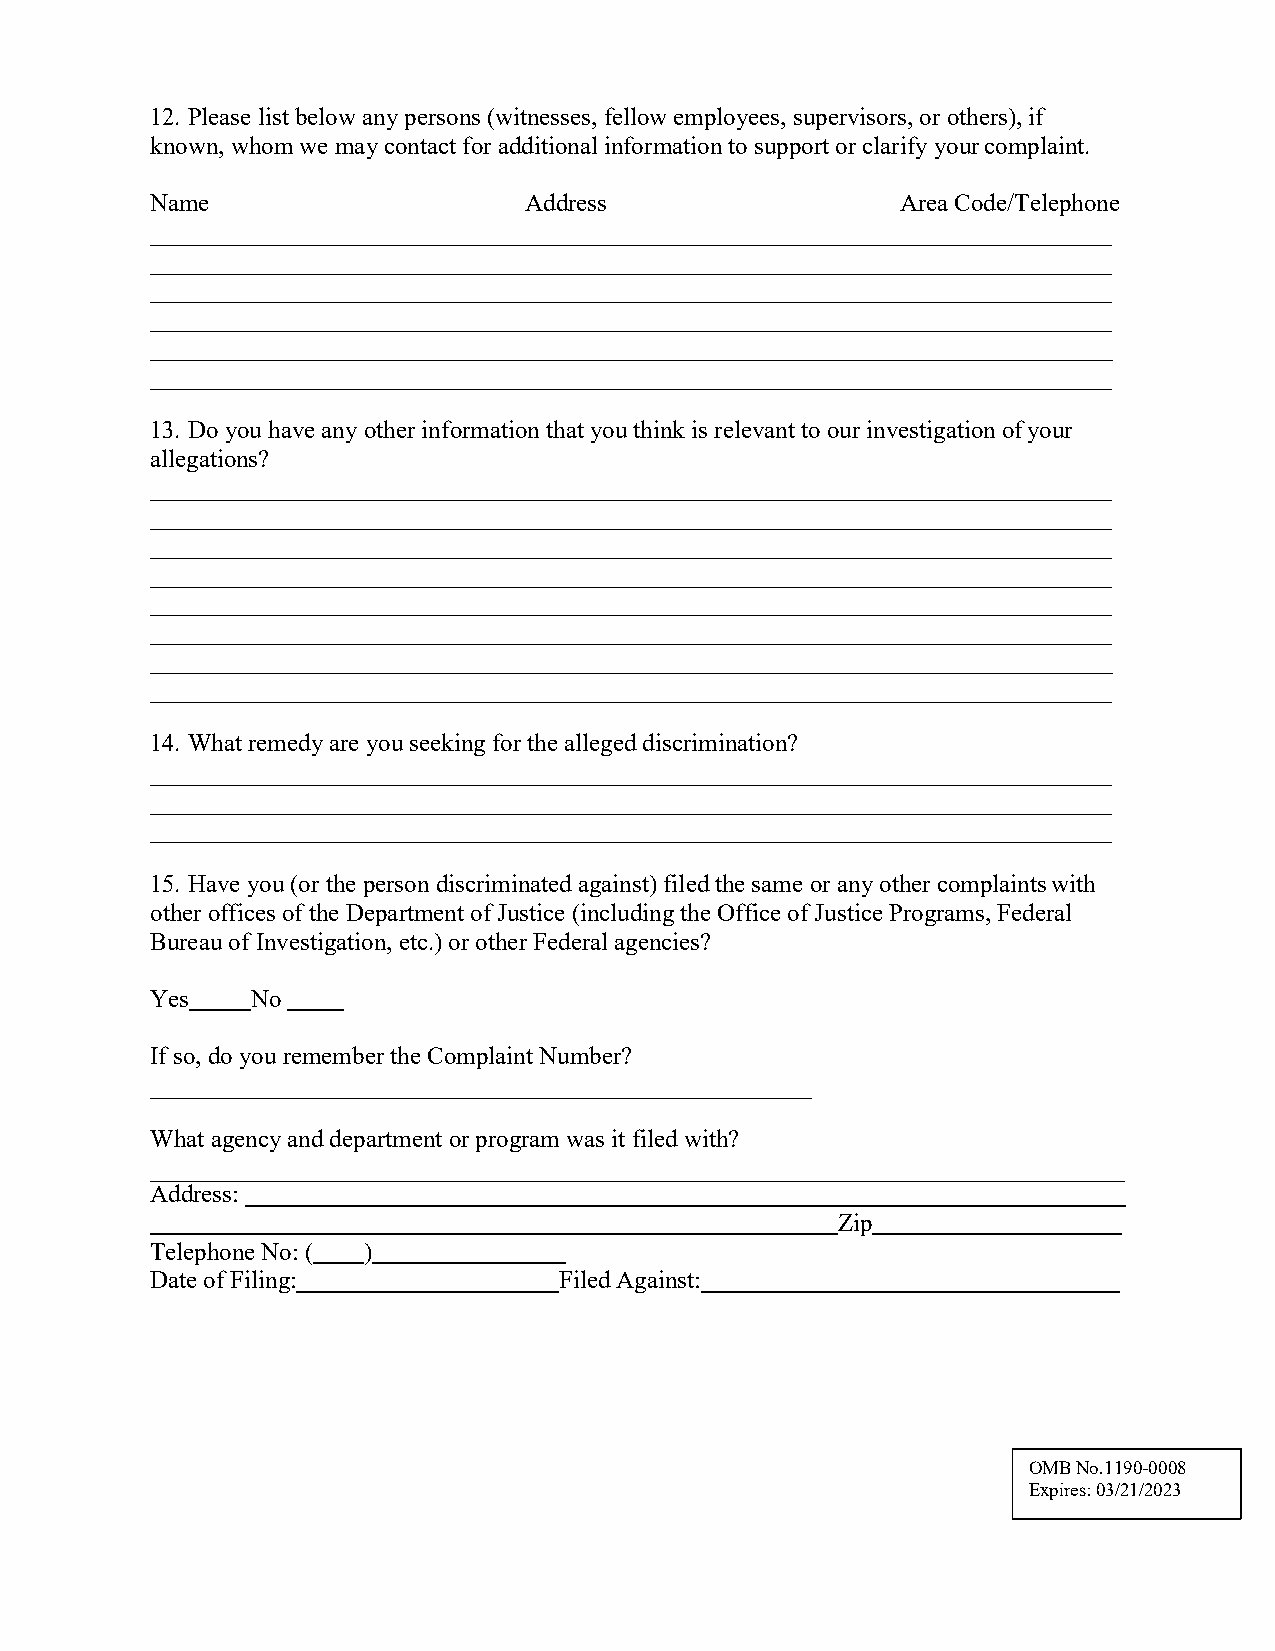
12. Please list below any persons (witnesses, fellow employees, supervisors, or others), if
 known, whom we may contact for additional information to support or clarify your complaint.
 Name                     Address                  Area Code/Telephone
 13. Do you have any other information that you think is relevant to our investigation of your
 allegations?
 14. What remedy are you seeking for the alleged discrimination?
 15. Have you (or the person discriminated against) filed the same or any other complaints with
 other offices of the Department of Justice (including the Office of Justice Programs, Federal
 Bureau of Investigation, etc.) or other Federal agencies?
 Yes    No
 If so, do you remember the Complaint Number?
 What agency and department or program was it filed with?
 Address:
 Zip
 Telephone No: ( )
 Date of Filing:            Filed Against:
 OMB No.1190-0008
 Expires: 03/21/2023